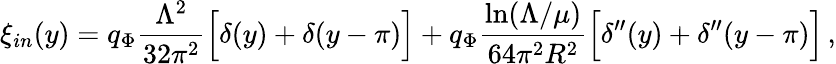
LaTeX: \xi_{in}(y)=q_{\Phi}\frac{\Lambda^{2}}{32\pi^{2}}\Big[\delta(y)+\delta(y-\pi)\Big]+q_{\Phi}\frac{\ln(\Lambda/\mu)}{64\pi^{2}R^{2}}\Big[\delta^{\prime\prime}(y)+\delta^{\prime\prime}(y-\pi)\Big]\, ,